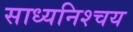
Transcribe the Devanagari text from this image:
साध्यनिश्चय